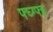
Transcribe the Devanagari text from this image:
फ्घ्ग्फ्ह